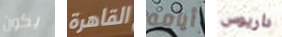
يكون القاهرة أيامه داريوس